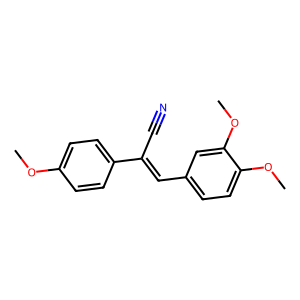
SMILES: COc1ccc(C(C#N)=Cc2ccc(OC)c(OC)c2)cc1
Inhibits HIV replication: No